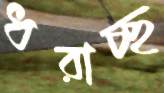
ধরাচ্ছ